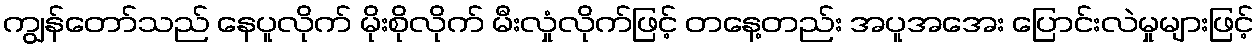
ကျွန်တော်သည် နေပူလိုက် မိုးစိုလိုက် မီးလှုံလိုက်ဖြင့် တနေ့တည်း အပူအအေး ပြောင်းလဲမှုများဖြင့်